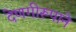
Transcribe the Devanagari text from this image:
देणगीरूपाने